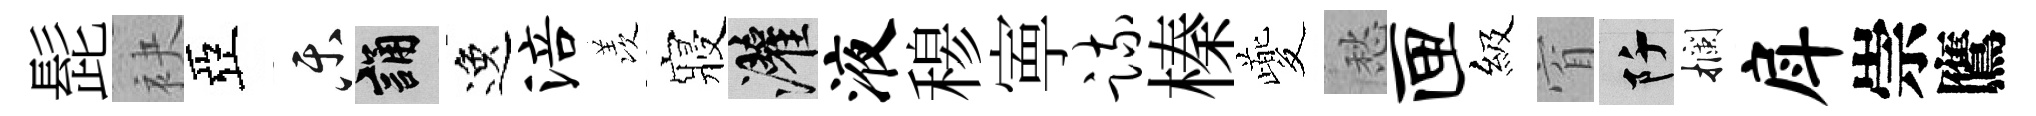
髭袂亞乐誦逸涪羡寢灌液𥠇寕疏榛夔愁匣級窅阡攔戽崇鷹